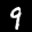
Label: 9